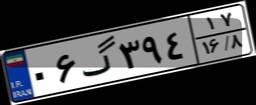
۰۶گ۳۹۴۱۷